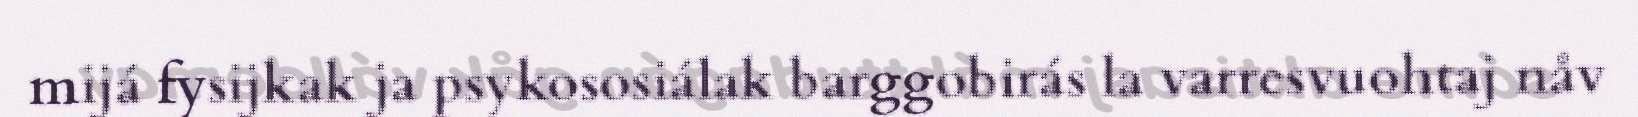
mijá fysijkak ja psykososiálak barggobirás la varresvuohtaj nåv